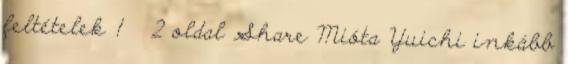
feltételek 1 2 oldal Share Mióta Yuichi inkább